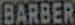
BARBER